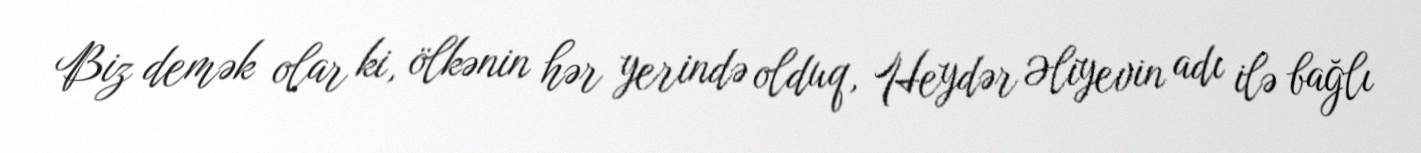
Biz demək olar ki, ölkənin hər yerində olduq, Heydər Əliyevin adı ilə bağlı